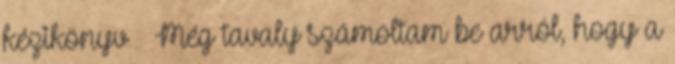
kézikönyv – Még tavaly számoltam be arról, hogy a